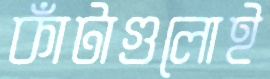
কাঁটাগুলোই